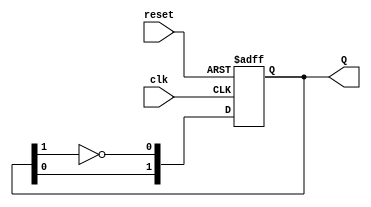
module dual_stage_johnson_counter (
    input wire clk,       // Clock signal
    input wire reset,     // Asynchronous reset signal
    output reg [1:0] Q    // 2-bit output representing the counter state
);

    // State encoding
    // Q[1] = First flip-flop (Q1)
    // Q[0] = Second flip-flop (Q2)

    always @(posedge clk or posedge reset) begin
        if (reset) begin
            Q <= 2'b00; // Initialize to state 00 on reset
        end else begin
            // State transition logic
            Q[1] <= Q[0];               // Q1 takes the value of Q2
            Q[0] <= ~Q[1];              // Q2 takes the inverted value of Q1
        end
    end

endmodule